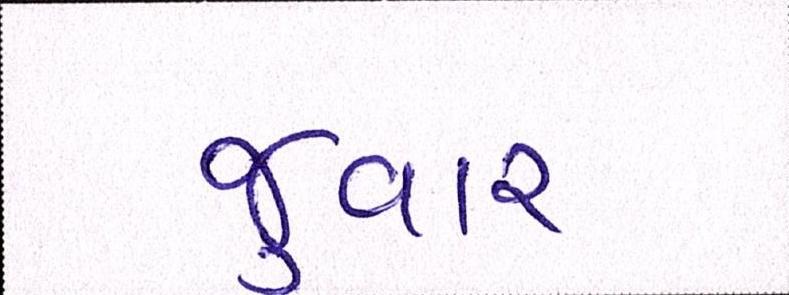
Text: જુવાર